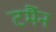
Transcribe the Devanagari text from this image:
टर्मैन